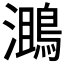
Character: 𪂔